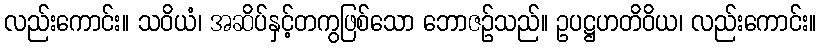
လည်းကောင်း။ သဝိယံ၊ အဆိပ်နှင့်တကွဖြစ်သော ဘောဇဉ်သည်။ ဥပဋ္ဌဟတိဝိယ၊ လည်းကောင်း။